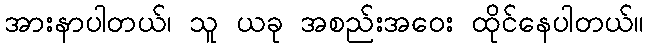
အားနာပါတယ်၊ သူ ယခု အစည်းအဝေး ထိုင်နေပါတယ်။